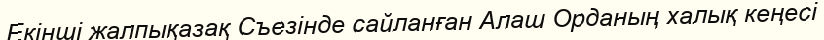
Екінші жалпықазақ Съезінде сайланған Алаш Орданың халық кеңесі